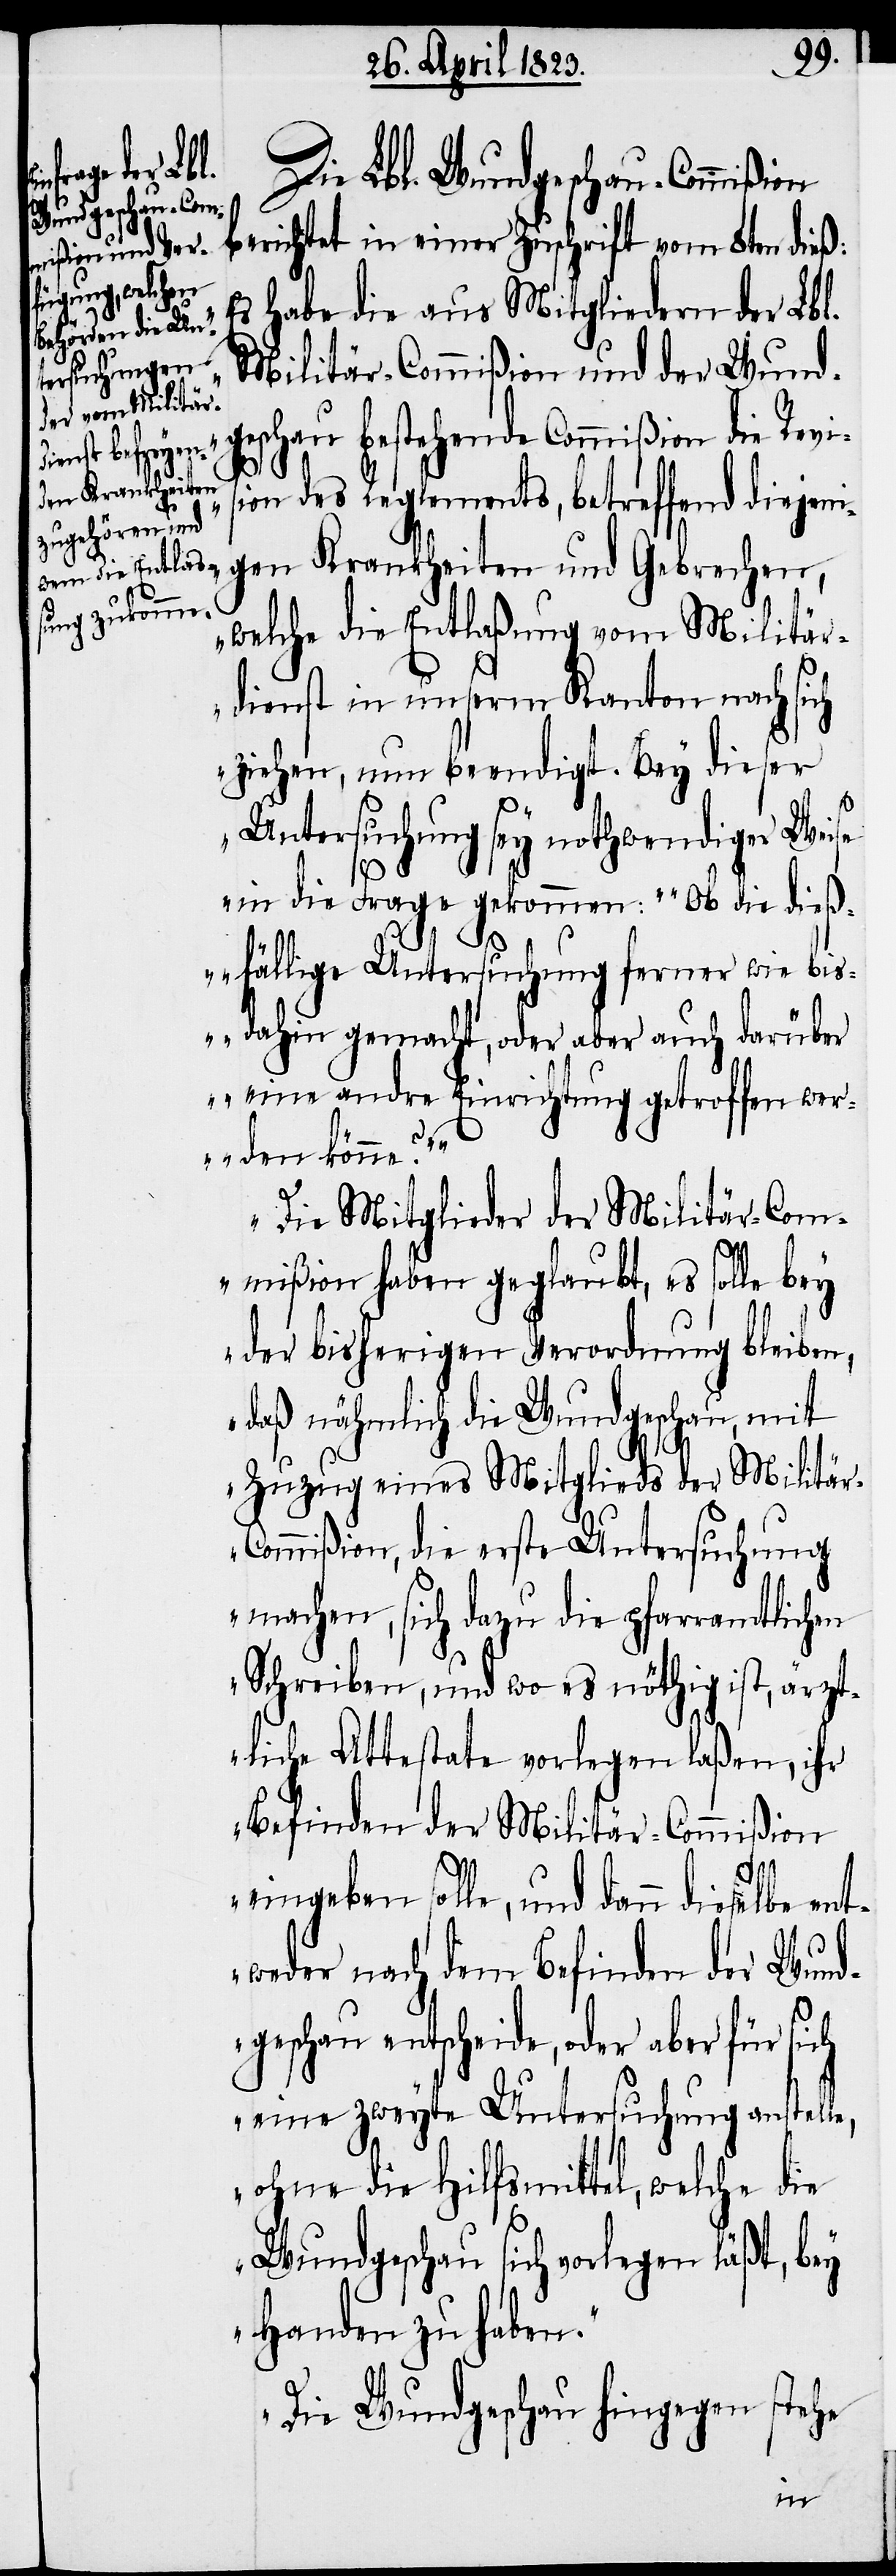
Die Lbl. Wundgeschau-Commißion
berichtet in einer Zuschrift vom 8ten dieß:
s habe die aus Mitgliedern der Lbl.
Militär-Commißion und der Wund¬
geschau bestehende Commißion die Revis¬
ion des Reglements, betreffend die¬
jenigen Krankheiten und Gebrechen,
welche die Entlaßung vom Militär¬
dienst in unserm Kanton nach sich
ziehen, nun beendigt. Bey dieser
Untersuchung sey nothwendiger Weise
in die Frage gekommen: ‚Ob die dieß¬
fällige Untersuchung ferner wie bis¬
dahin gemacht, oder aber auch darüber
eine andre Einrichtung getroffen wer¬
den könne?‘
Die Mitglieder der Militär-Com¬
mißion haben geglaubt, es solle bey
der bisherigen Verordnung bleiben,
daß nähmlich die Wundgeschau, mit
Zuzug eines Mitglieds der Militä¬
r-Commißion, die erste Untersuchung
machen, sich dazu die pfarramtlichen
Schreiben, und wo es nöthig ist, ärzt¬
liche Attestate vorlegen laßen, ihr
Befinden der Militär-Commißion
„E¬
eingeben solle, und dann dieselbe ent¬
weder nach dem Befinden der Wund¬
geschau entscheide, oder aber für sich
eine zweyte Untersuchung anstelle,
ohne die Hilfsmittel, welche die
Wundgeschau sich vorlegen läßt, bey
Handen zu haben.“
„Die Wundgeschau hingegen stehe